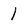
Character: l